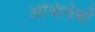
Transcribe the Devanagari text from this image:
अभिलंबों